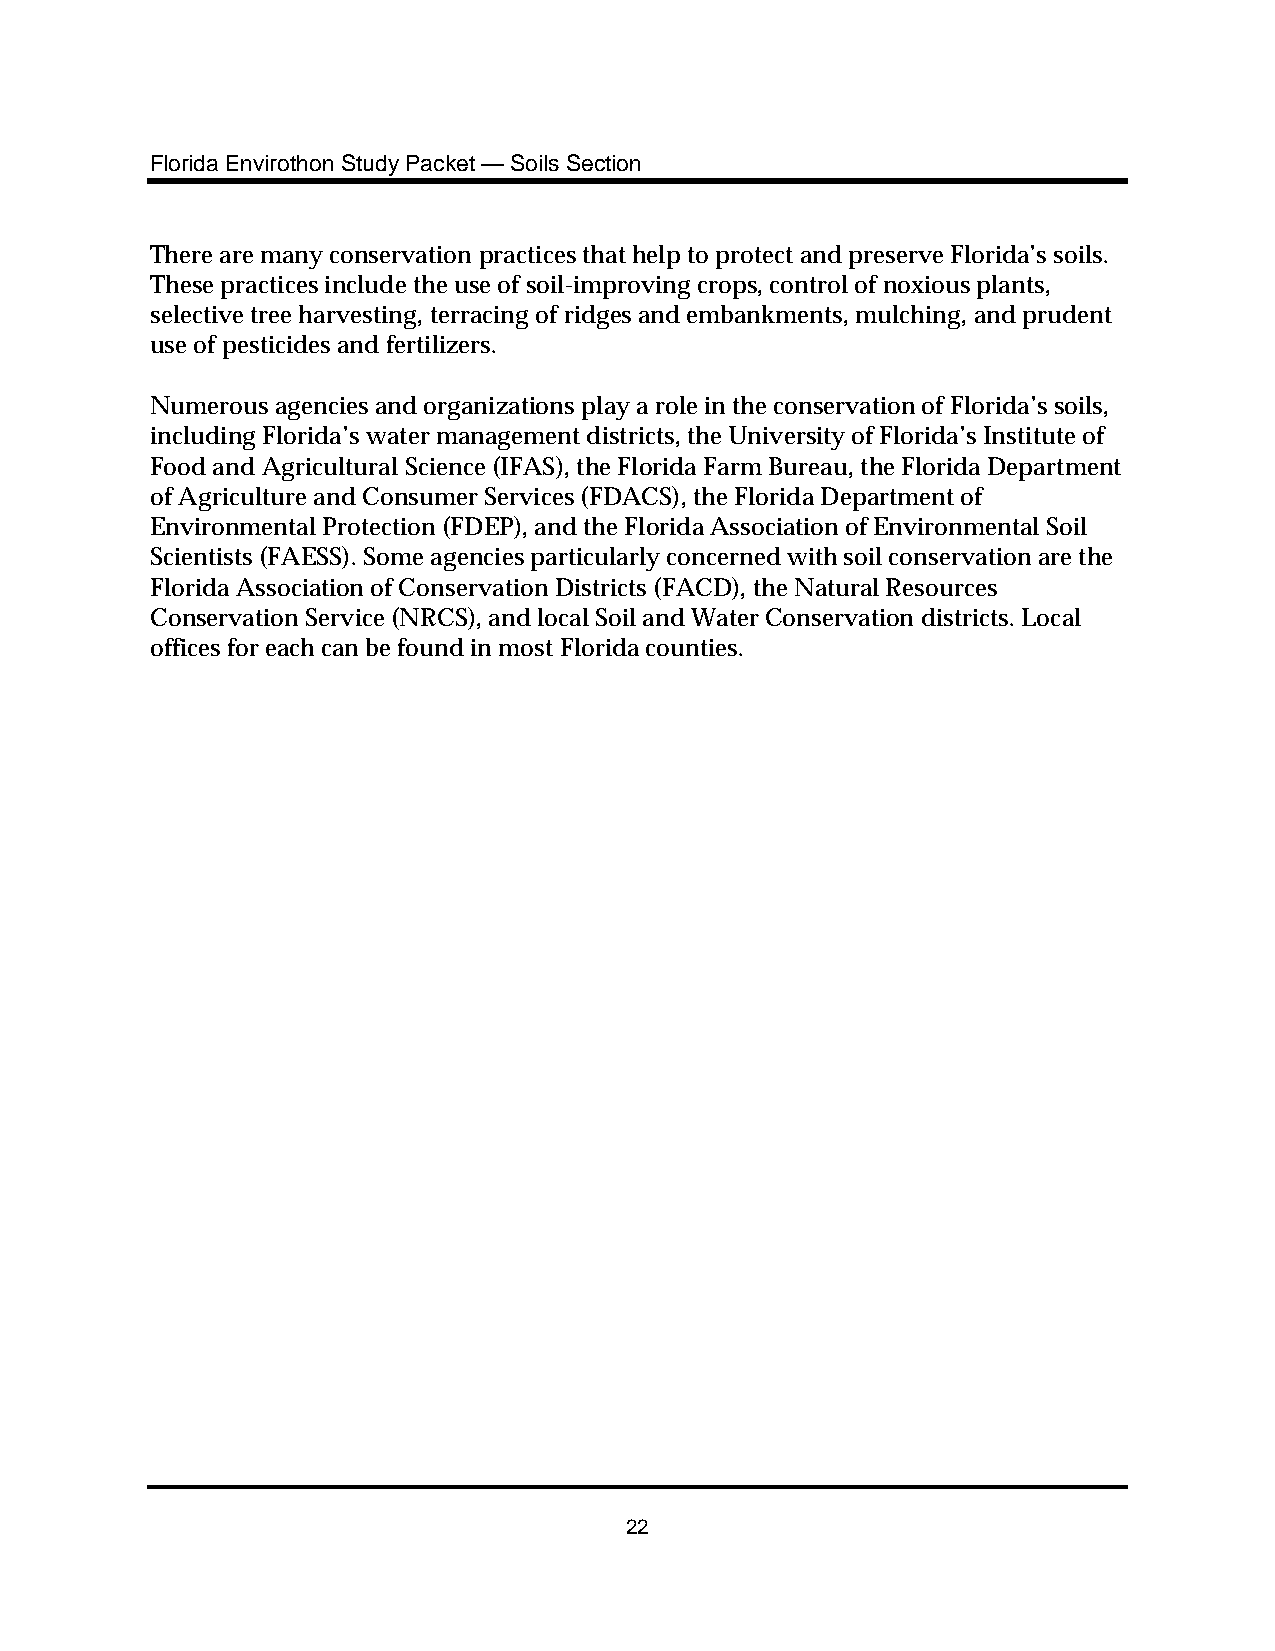
Florida Envirothon Study Packet — Soils Section
 There are many conservation practices that help to protect and preserve Florida’s soils.
 These practices include the use of soil-improving crops, control of noxious plants,
 selective tree harvesting, terracing of ridges and embankments, mulching, and prudent
 use of pesticides and fertilizers.
 Numerous agencies and organizations play a role in the conservation of Florida’s soils,
 including Florida’s water management districts, the University of Florida’s Institute of
 Food and Agricultural Science (IFAS), the Florida Farm Bureau, the Florida Department
 of Agriculture and Consumer Services (FDACS), the Florida Department of
 Environmental Protection (FDEP), and the Florida Association of Environmental Soil
 Scientists (FAESS). Some agencies particularly concerned with soil conservation are the
 Florida Association of Conservation Districts (FACD), the Natural Resources
 Conservation Service (NRCS), and local Soil and Water Conservation districts. Local
 offices for each can be found in most Florida counties.
 22